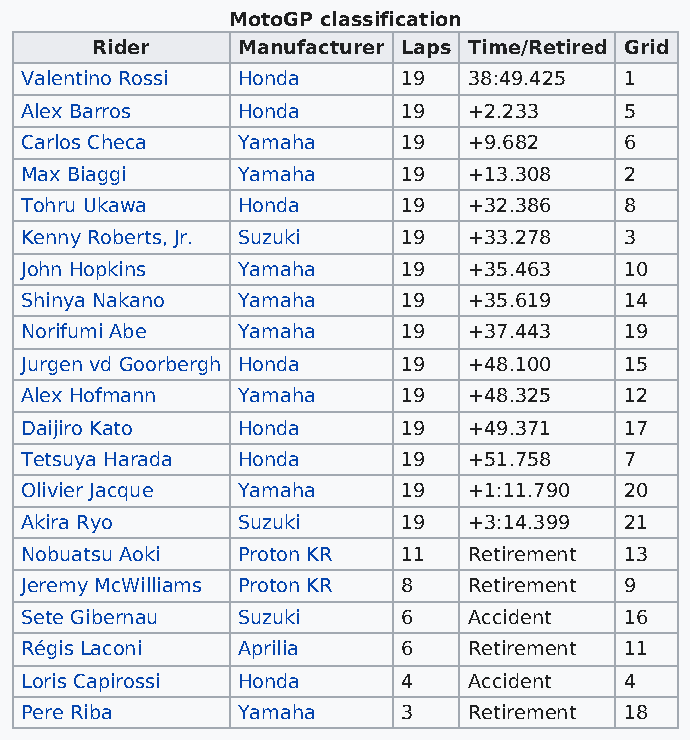
MotoGP classification
 Rider     Manufacturer Laps Time/Retired Grid
 Valentino Rossi Honda     19  38:49.425 1
 Alex Barros    Honda      19  +2.233    5
 Carlos Checa   Yamaha     19  +9.682    6
 Max Biaggi     Yamaha     19  +13.308   2
 Tohru Ukawa    Honda      19  +32.386   8
 Kenny Roberts, Jr. Suzuki 19  +33.278   3
 John Hopkins   Yamaha     19  +35.463   10
 Shinya Nakano  Yamaha     19  +35.619   14
 Norifumi Abe   Yamaha     19  +37.443   19
 Jurgen vd Goorbergh Honda 19  +48.100   15
 Alex Hofmann   Yamaha     19  +48.325   12
 Daijiro Kato   Honda      19  +49.371   17
 Tetsuya Harada Honda      19  +51.758   7
 Olivier Jacque Yamaha     19  +1:11.790 20
 Akira Ryo      Suzuki     19  +3:14.399 21
 Nobuatsu Aoki  Proton KR  11  Retirement 13
 Jeremy McWilliams Proton KR 8 Retirement 9
 Sete Gibernau  Suzuki     6   Accident  16
 Régis Laconi   Aprilia    6   Retirement 11
 Loris Capirossi Honda     4   Accident  4
 Pere Riba      Yamaha     3   Retirement 18